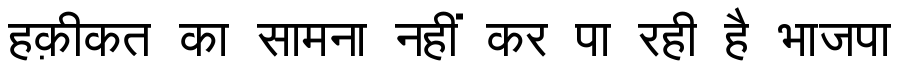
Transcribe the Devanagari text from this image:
हक़ीकत का सामना नहीं कर पा रही है भाजपा